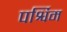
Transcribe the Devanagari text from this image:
पर्श्विम